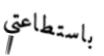
باستطاعتي